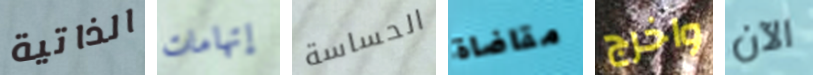
الذاتية إتهامات الحساسة مقاضاة واخرج الآن